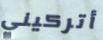
أتركيني